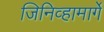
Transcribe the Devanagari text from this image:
जिनिव्हामार्गे